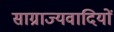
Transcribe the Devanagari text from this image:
साग्राज्यवादियों